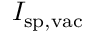
I _ { \mathrm { s p , v a c } }